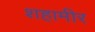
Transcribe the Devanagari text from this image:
शहामीर